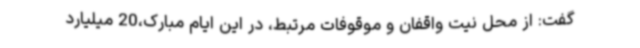
گفت: از محل نیت واقفان و موقوفات مرتبط، در این ایام مبارک،20 میلیارد